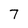
Character: 7